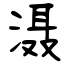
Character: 滠